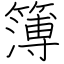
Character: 簿